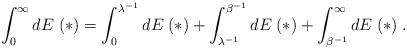
LaTeX: \begin{align*}\int_0^\infty d E \; (*) = \int_0^{\lambda^{- 1}} d E \; (*) + \int_{\lambda^{- 1}}^{\beta^{- 1}} d E \; (*) + \int_{\beta^{- 1}}^\infty d E \; (*) \; .\end{align*}